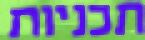
תכניות